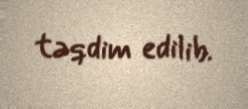
təqdim edilib.